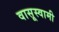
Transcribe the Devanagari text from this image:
वासूस्वामी